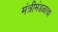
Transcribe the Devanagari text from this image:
मंत्रीमंडळाचा